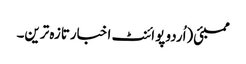
ممبئی(اُردو پوائنٹ اخبارتازہ ترین۔